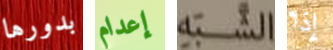
بدورها إعدام الشبه إذا